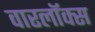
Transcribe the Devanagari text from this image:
वारलॉक्स